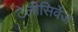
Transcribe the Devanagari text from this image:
टेलीसिर्वेज